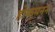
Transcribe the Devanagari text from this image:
होफमनन